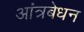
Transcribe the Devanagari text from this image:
आंत्रबेधन